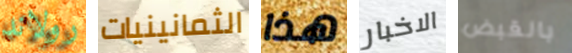
رولاند الثمانينيات هذا الاخبار بالقبض